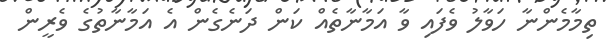
ތިމާމެންނާ ހަވާލު ވެފައި ވާ އަމާނާތެއް ކަން ދަނެގެން އެ އަމާނާތުގެ ވެރީން